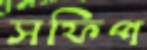
সফিপ